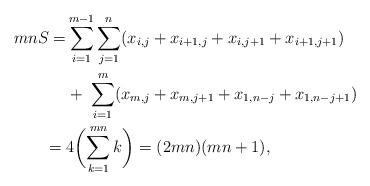
LaTeX: \begin{align*}mnS = &\sum_{i=1}^{m-1} \sum_{j=1}^{n} ( x_{i,j} + x_{i+1,j} + x_{i,j+1} + x_{i+1,j+1}) \\ &+ \; \sum_{i=1}^{m} ( x_{m,j} + x_{m,j+1} + x_{1,n-j} + x_{1,n-j+1}) \; \\ = \; &4\biggl( \sum_{k=1}^{mn} k \biggr) = (2mn)(mn+1),\end{align*}